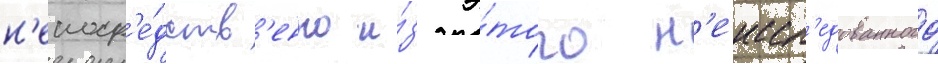
н'епоср'е́дств'енно и́з э́того н'еиссл'едованного